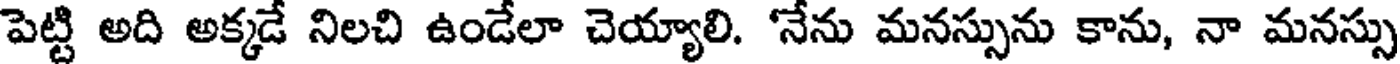
పెట్టి అది అక్కడే నిలచి ఉండేలా చెయ్యాలి. 'నేను మనస్సును కాను, నా మనస్సు